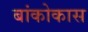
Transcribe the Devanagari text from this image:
बांकोकास